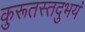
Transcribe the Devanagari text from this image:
कुरूतस्तदुभयं